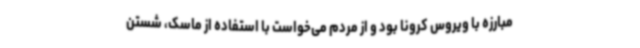
مبارزه با ویروس کرونا بود و از مردم می‌خواست با استفاده از ماسک، شستن